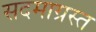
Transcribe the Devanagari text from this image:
सदमाग्रस्त